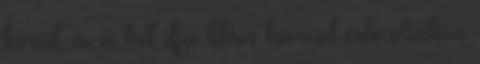
kerül, és a két ifjú titán harcol érte Aztán